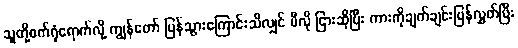
သူတို့စက်ရုံရောက်လို့ ကျွန်တော် ပြန်သွားကြောင်းသိလျှင် မီလို ငြားဆိုပြီး ကားကိုချက်ချင်းပြန်လွှတ်ပြီး